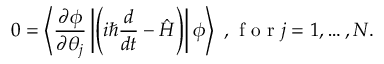
0 = \left\langle \frac { \partial \phi } { \partial \theta _ { j } } \left\vert \left( i \hbar \frac { d } { d t } - \hat { H } \right) \right\vert \phi \right\rangle \mathrm { ~ , ~ f ~ o ~ r ~ } j = 1 , \ldots , N .